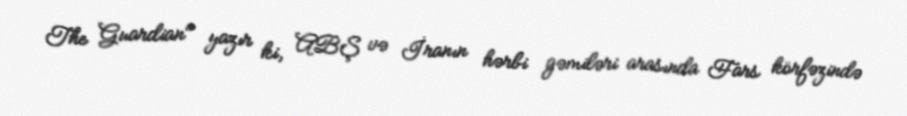
The Guardian" yazır ki, ABŞ və İranın hərbi gəmiləri arasında Fars körfəzində